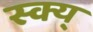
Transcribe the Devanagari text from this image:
स्क्य्